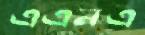
এএনএ